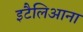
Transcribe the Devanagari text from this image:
इटैलिआना